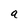
Character: a